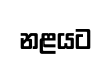
නළයට